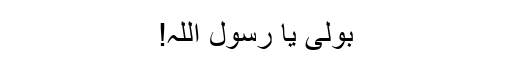
بولی یا رسول اللہ!